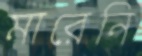
মারেনি